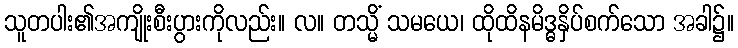
သူတပါး၏အကျိုးစီးပွားကိုလည်း။ လ။ တသ္မိံ သမယေ၊ ထိုထိနမိဒ္ဓနှိပ်စက်သော အခါ၌။